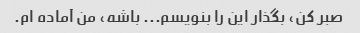
صبر کن، بگذار این را بنویسم... باشه، من آماده ام.